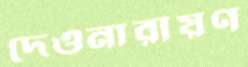
দেওনারায়ণ